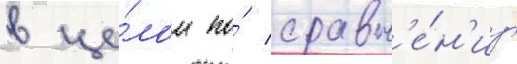
в це́лом по́ сравн'е́н'иу